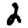
Digit: 2